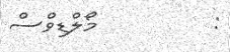
:         މޯލްޑިވްސް